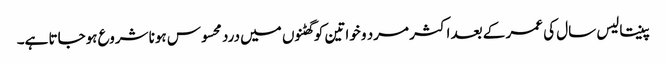
پینتالیس سال کی عمر کے بعد اکثر مرد و خواتین کو گھٹنوں میں درد محسوس ہونا شروع ہوجاتا ہے۔